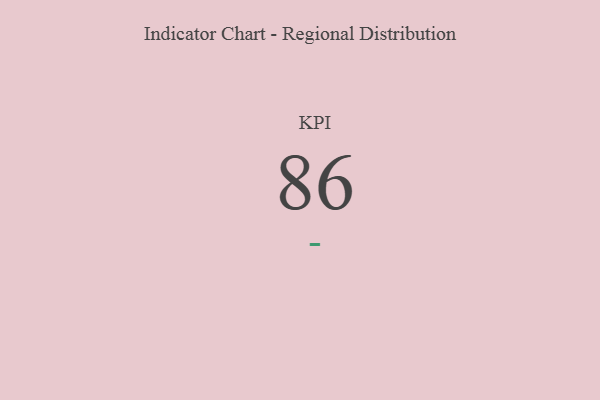
{"axis": {"x": "KPI", "y": "Value"}, "legend": [""], "data": [{"x": "KPI", "y": 86, "type": ""}]}